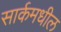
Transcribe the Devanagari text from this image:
सार्कमधील